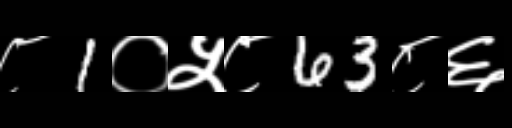
Text: ८1०५८63८६